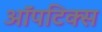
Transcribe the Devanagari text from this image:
ऑपटिक्स